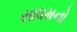
સાધમનો